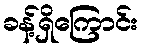
ခန့်ရှိကြောင်း